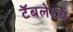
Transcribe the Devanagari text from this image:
टॅबलेटचं